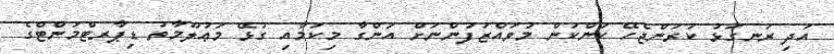
އަދި ރަނގަޅު ކުރަންޖެހޭ ކަންކަން މުވައްޒަފުންނަށް އަންގާ މިކަމާއި ގުޅޭ މަޢުލޫމާތު ޑިޕާރޓްމަންޓްގެ